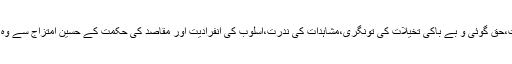
فکر و نظر کی صحیح سمت،حق گوئی و بے باکی تخیلات کی تونگری،مشاہدات کی ندرت،اسلوب کی انفرادیت اور مقاصد کی حکمت کے حسین امتزاج سے وہ ید بیضا کا معجزہ دکھاتے۔